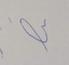
Signature authenticity: forged